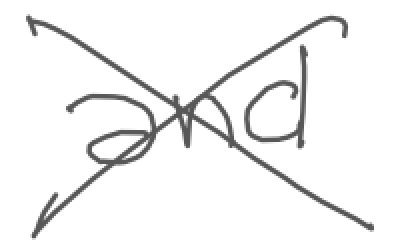
Text: and
Cross-out: cross
Writing tool: digital_gray